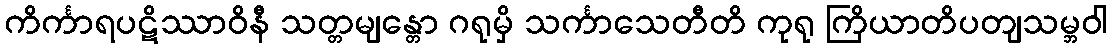
ကိင်္ကာရပဋိဿာဝိနီ သတ္တမျန္တော ဂရုမှိ သင်္ကာသေတီတိ ကုရု ကြိယာတိပတျသမ္ဘဝါ